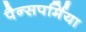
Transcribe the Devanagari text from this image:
पैन्सपर्मिया